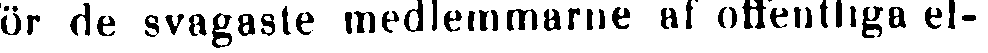
ör de svagaste medlemmarne af offentliga el-